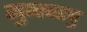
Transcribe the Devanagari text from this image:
मुप्पवरपु